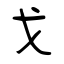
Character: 戈